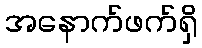
အနောက်ဖက်ရှိ